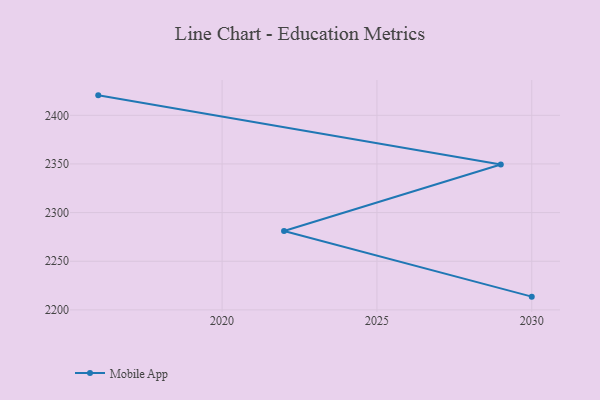
{"axis": {"x": "Year", "y": "Page Views"}, "legend": ["Mobile App"], "data": [{"x": "2016", "y": 2420.5, "type": "Mobile App"}, {"x": "2029", "y": 2349.4, "type": "Mobile App"}, {"x": "2022", "y": 2281.1, "type": "Mobile App"}, {"x": "2030", "y": 2213.6, "type": "Mobile App"}]}